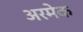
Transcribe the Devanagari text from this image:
अरमेक